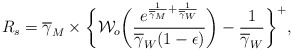
\begin{align*}R_{s} = \overline{\gamma}_{M} \times \bigg\{\mathcal{W}_{o}\bigg(\frac{e^{\frac{1}{\overline{\gamma}_{M}}+\frac{1}{\overline{\gamma}_{W}}}}{\overline{\gamma}_{W}(1-\epsilon)}\bigg) - \frac{1}{\overline{\gamma}_{W}} \bigg\}^{+},\end{align*}